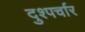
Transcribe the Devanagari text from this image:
दुश्पर्चार